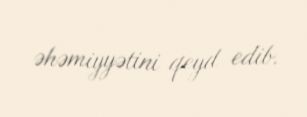
əhəmiyyətini qeyd edib.